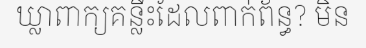
ឃ្លាពាក្យគន្លឹះដែលពាក់ព័ន្ធ? មិន